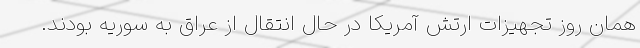
همان روز تجهیزات ارتش آمریکا در حال انتقال از عراق به سوریه بودند.